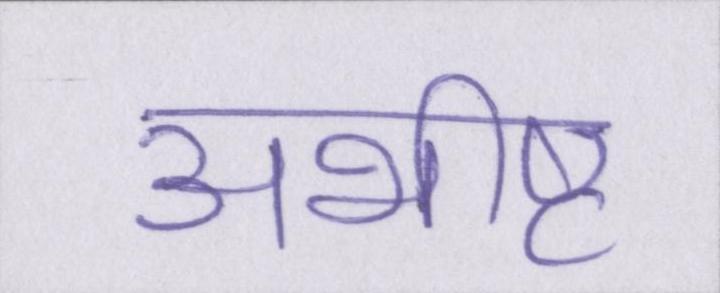
अभीष्ट